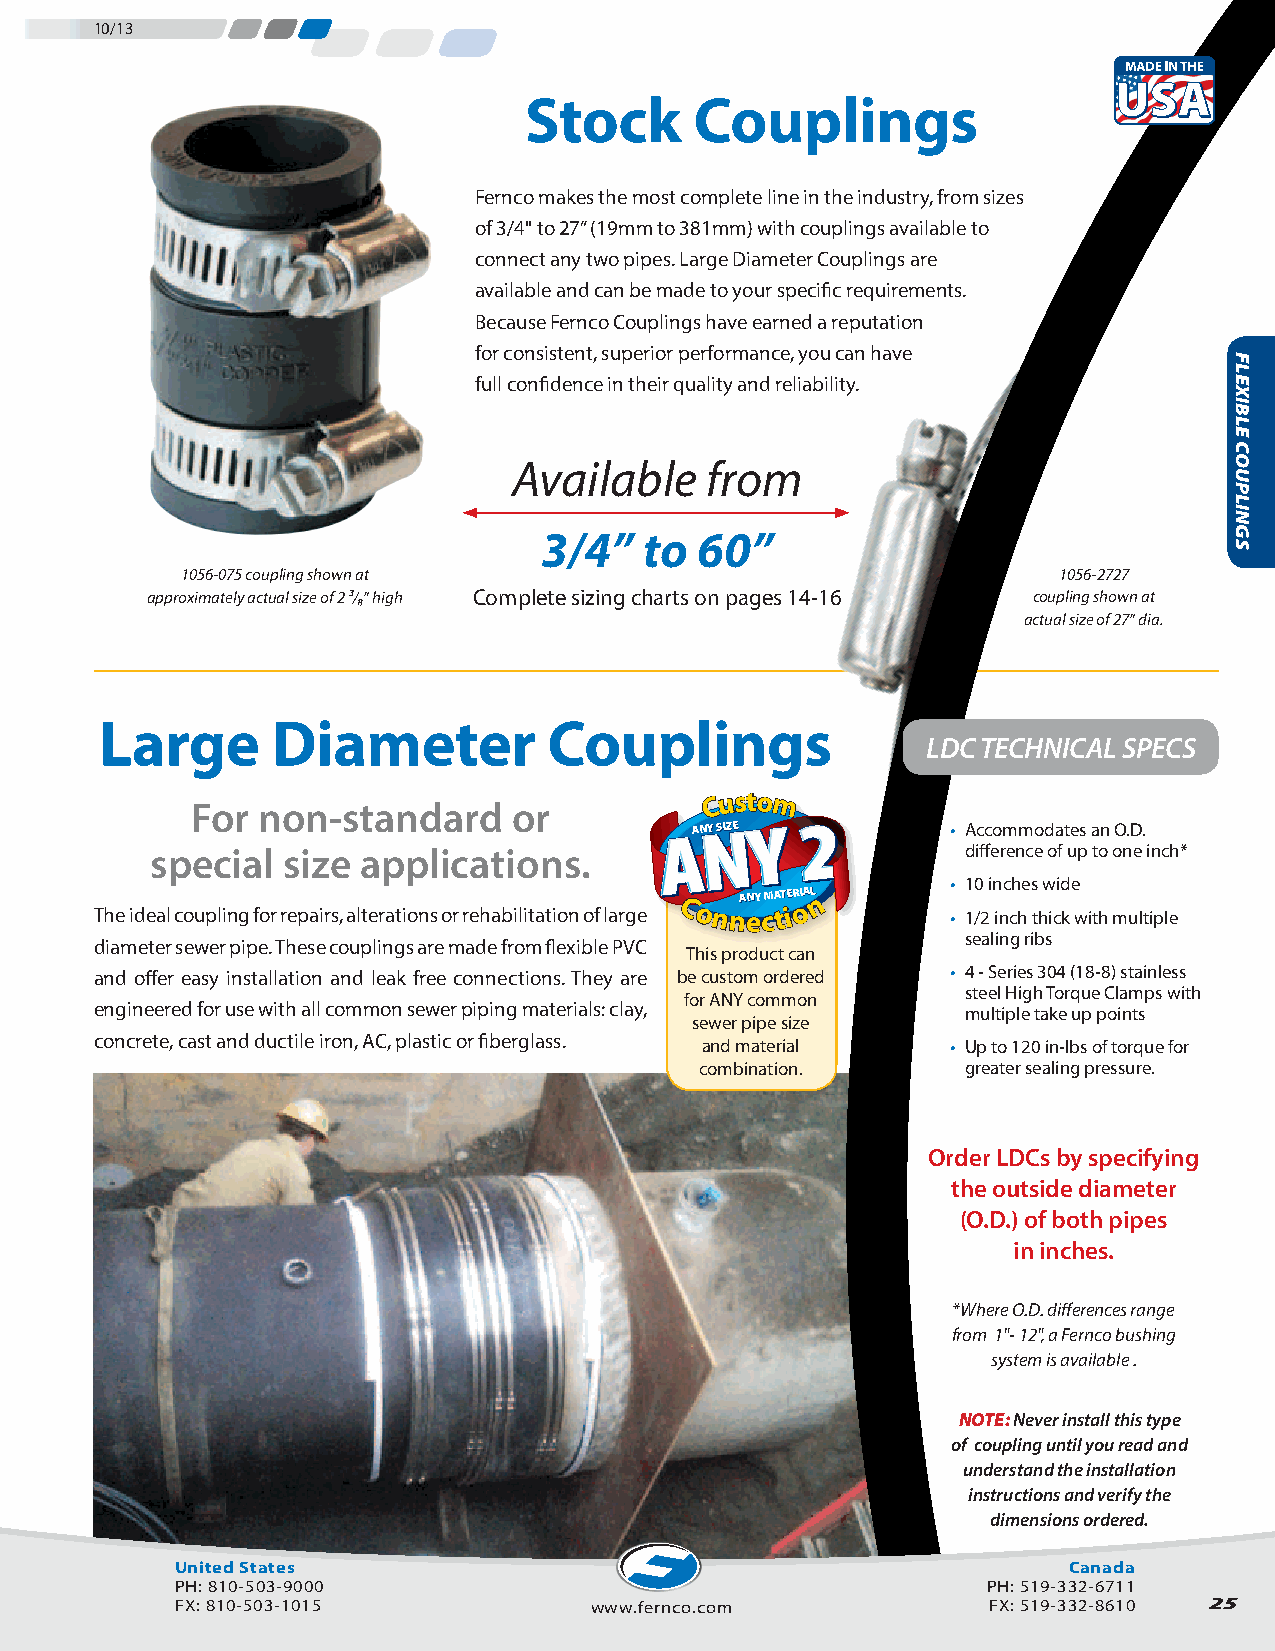
10/13
 Stock      Couplings
 Fernco makes the most complete line in the industry, from sizes
 of 3/4" to 27” (19mm to 381mm) with couplings available to
 connect any two pipes. Large Diameter Couplings are
 available and can be made to your specific requirements.
 Because Fernco Couplings have earned a reputation
 for consistent, superior performance, you can have
 full confidence in their quality and reliability.
 Available    from
 3/4”   to 60”
 1056-075 coupling shown at                                1056-2727
 approximately actual size of 2 ³/₈” high Complete sizing charts on pages 14-16 coupling shown at
 actual size of 27” dia.
 Large      Diameter          Couplings
 LDC TECHNICAL SPECS
 For non-standard     or
 CCuussttoomm
 AANNYY SSIIZZEE  • Accommodates an O.D.
 special  size applications.                           difference of up to one inch*
 • 10 inches wide
 The ideal coupling for repairs, alterations or rehabilitation of large
 CCoonnnnAA eeNNYY
 cc
 MMAA ttTTEE iiRR ooIIAALLnn
 • 1/2 inch thick with multiple
 sealing ribs
 diameter sewer pipe. These couplings are made from flexible PVC
 This product can
 and offer easy installation and leak free connections. They are be custom ordered • 4 - Series 304 (18-8) stainless
 steel High Torque Clamps with
 for ANY common
 engineered for use with all common sewer piping materials: clay, multiple take up points
 sewer pipe size
 concrete, cast and ductile iron, AC, plastic or fiberglass. and material • Up to 120 in-lbs of torque for
 combination.      greater sealing pressure.
 Order LDCs by specifying
 the outside diameter
 (O.D.) of both pipes
 in inches.
 *Where O.D. differences range
 from 1"- 12", a Fernco bushing
 system is available .
 NOTE: Never install this type
 of coupling until you read and
 understand the installation
 instructions and verify the
 dimensions ordered.
 United States                                              Canada
 PH: 810-503-9000                                     PH: 519-332-6711
 FX: 810-503-1015           www.fernco.com            FX: 519-332-8610 25
 FLEXIBLE
 COUPLINGS